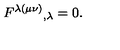
F ^ { \lambda ( \mu \nu ) } { } _ { , \lambda } = 0 .